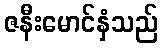
ဇနီးမောင်နှံသည်